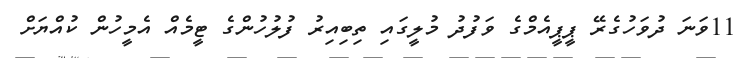
11ވަނަ ދުވަހުގެރޭ ޕީޕީއެމްގެ ވަފުދު މުލީގައި ތިބިއިރު ފުލުހުންގެ ޓީމެއް އެމީހުން ކުއްޔަށް